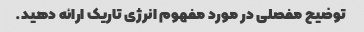
توضیح مفصلی در مورد مفهوم انرژی تاریک ارائه دهید.